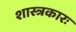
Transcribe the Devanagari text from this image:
शास्त्रकारः